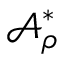
\mathcal { A } _ { \rho } ^ { \ast }